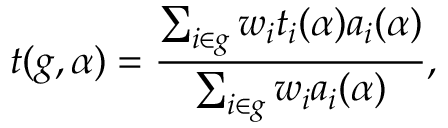
t ( g , \alpha ) = \frac { \sum _ { i \in g } w _ { i } t _ { i } ( \alpha ) a _ { i } ( \alpha ) } { \sum _ { i \in g } w _ { i } a _ { i } ( \alpha ) } ,